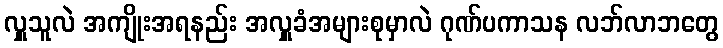
လှူသူလဲ အကျိုးအရနည်း အလှူခံအများစုမှာလဲ ဂုဏ်ပကာသန လဘ်လာဘတွေ